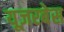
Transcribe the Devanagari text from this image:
यूज़रबेस